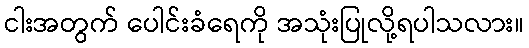
ငါးအတွက် ပေါင်းခံရေကို အသုံးပြုလို့ရပါသလား။